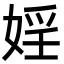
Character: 婬